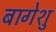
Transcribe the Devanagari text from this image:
बागेशु